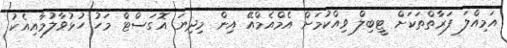
އަމިއްލަ ފަރާތްތަކަށް ޓީބިލް ވިއްކުމަށް އެމްއެމްއޭ އިން މިދިޔަ އޮގަސްޓް މަހު ހުޅުވާލުމާއިއެކު